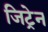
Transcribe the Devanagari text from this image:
जिट्रेन